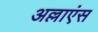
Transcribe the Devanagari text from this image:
अल्लाएंस